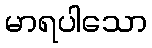
မာရပါသော